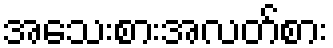
အသေးစားအလတ်စား